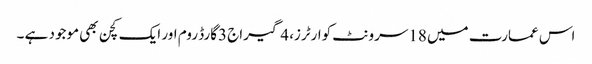
اس عمارت میں 18سرونٹ کوارٹرز، 4گیراج 3گارڈ روم اور ایک کچن بھی موجود ہے ۔